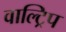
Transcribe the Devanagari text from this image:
वाल्ट्रिप